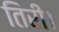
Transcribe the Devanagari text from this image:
तिरी।